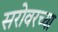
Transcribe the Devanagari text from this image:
सरोवरच्या